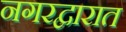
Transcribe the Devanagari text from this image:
नगरद्वारात